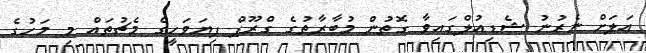
އަލަށް ނެރުނު ޝެޑިއުލްގައިވާ ގޮތުން މުބާރާތުގެ ގްރޫޕް ފިޔަވަހީގެ މެޗުތައް މި މަހުގެ